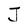
Character: J